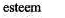
esteem